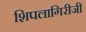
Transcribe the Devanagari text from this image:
शिपलागिरीजी